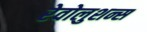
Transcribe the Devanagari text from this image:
रेवोलुशन्स